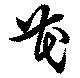
花